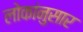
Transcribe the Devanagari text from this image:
लोकांनुसार